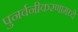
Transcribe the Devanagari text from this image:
पुनर्वनीकरणामध्ये